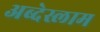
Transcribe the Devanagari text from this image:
अब्देस्लाम